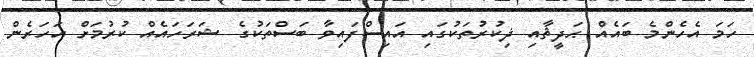
ހަމަ އެހެންމެ ބައެއް ޙަދީޘާއި ޛިކުރުތަކުގައި އައިސްފައިވާ ބަސްތަކުގެ ޝަރަހައެއް ކުރުމަށް އަހަރެން